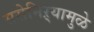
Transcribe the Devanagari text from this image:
ससेमिऱ्यामुळे